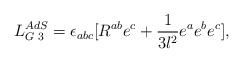
\begin{align*}L_{G\;3}^{AdS}=\epsilon_{abc}[R^{ab}e^c +\frac{1}{3l^2}e^a e^b e^c],\end{align*}